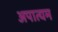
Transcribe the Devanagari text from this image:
अपात्यम